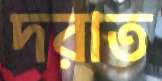
দরাত